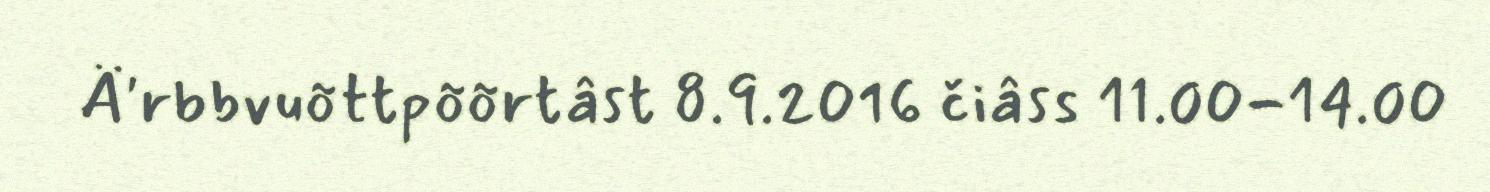
Ä'rbbvuõttpõõrtâst 8.9.2016 čiâss 11.00-14.00